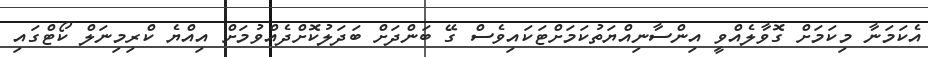
އެކަމަނާ މިކަމަށް ގޮވާލެއްވީ އިންސާނިއްޔަތުކަމަށްޓަކައިވެސް ގޭ ބަންދަށް ބަދަލުކޮށްދެއްވުމަށް އިއްޔެ ކްރިމިނަލް ކޯޓްގައި